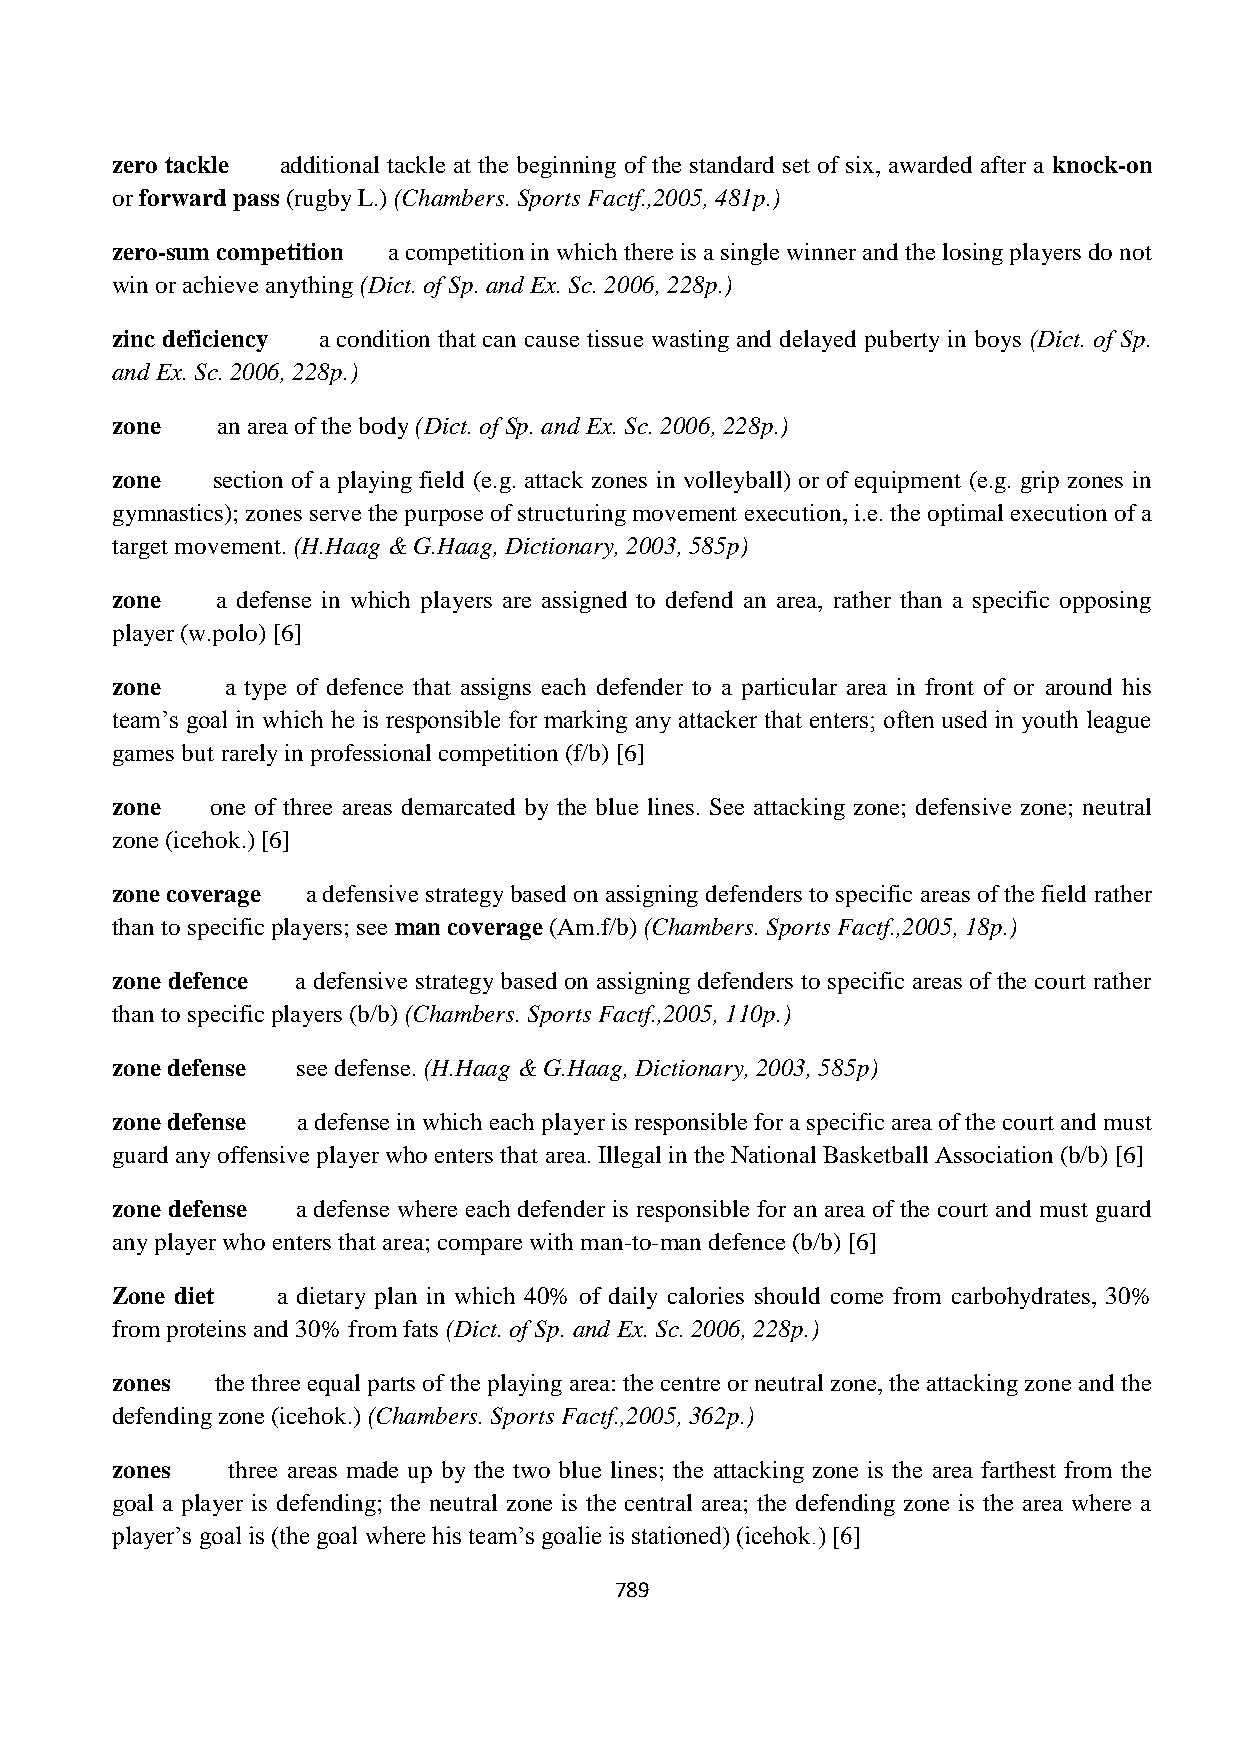
zero tackle additional tackle at the beginning of the standard set of six, awarded after a knock-on
 or forward pass (rugby L.) (Chambers. Sports Factf.,2005, 481p.)
 zero-sum competition a competition in which there is a single winner and the losing players do not
 win or achieve anything (Dict. of Sp. and Ex. Sc. 2006, 228p.)
 zinc deficiency a condition that can cause tissue wasting and delayed puberty in boys (Dict. of Sp.
 and Ex. Sc. 2006, 228p.)
 zone   an area of the body (Dict. of Sp. and Ex. Sc. 2006, 228p.)
 zone   section of a playing field (e.g. attack zones in volleyball) or of equipment (e.g. grip zones in
 gymnastics); zones serve the purpose of structuring movement execution, i.e. the optimal execution of a
 target movement. (H.Haag & G.Haag, Dictionary, 2003, 585p)
 zone   a defense in which players are assigned to defend an area, rather than a specific opposing
 player (w.polo) [6]
 zone    a type of defence that assigns each defender to a particular area in front of or around his
 team‟s goal in which he is responsible for marking any attacker that enters; often used in youth league
 games but rarely in professional competition (f/b) [6]
 zone   one of three areas demarcated by the blue lines. See attacking zone; defensive zone; neutral
 zone (icehok.) [6]
 zone coverage a defensive strategy based on assigning defenders to specific areas of the field rather
 than to specific players; see man coverage (Am.f/b) (Chambers. Sports Factf.,2005, 18p.)
 zone defence a defensive strategy based on assigning defenders to specific areas of the court rather
 than to specific players (b/b) (Chambers. Sports Factf.,2005, 110p.)
 zone defense see defense. (H.Haag & G.Haag, Dictionary, 2003, 585p)
 zone defense a defense in which each player is responsible for a specific area of the court and must
 guard any offensive player who enters that area. Illegal in the National Basketball Association (b/b) [6]
 zone defense a defense where each defender is responsible for an area of the court and must guard
 any player who enters that area; compare with man-to-man defence (b/b) [6]
 Zone diet  a dietary plan in which 40% of daily calories should come from carbohydrates, 30%
 from proteins and 30% from fats (Dict. of Sp. and Ex. Sc. 2006, 228p.)
 zones  the three equal parts of the playing area: the centre or neutral zone, the attacking zone and the
 defending zone (icehok.) (Chambers. Sports Factf.,2005, 362p.)
 zones   three areas made up by the two blue lines; the attacking zone is the area farthest from the
 goal a player is defending; the neutral zone is the central area; the defending zone is the area where a
 player‟s goal is (the goal where his team‟s goalie is stationed) (icehok.) [6]
 789